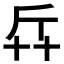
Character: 𠦛